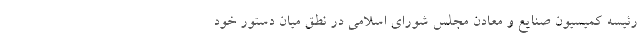
رئیسه کمیسیون صنایع و معادن مجلس شورای اسلامی در نطق میان دستور خود